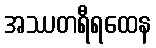
အဿတရီရထေန